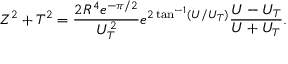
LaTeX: Z ^ { 2 } + T ^ { 2 } = \frac { 2 R ^ { 4 } e ^ { - \pi / 2 } } { U _ { T } ^ { 2 } } e ^ { 2 \tan ^ { - 1 } ( U / U _ { T } ) } \frac { U - U _ { T } } { U + U _ { T } } .